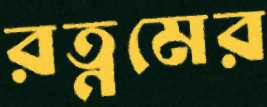
রত্নমের